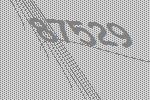
87529